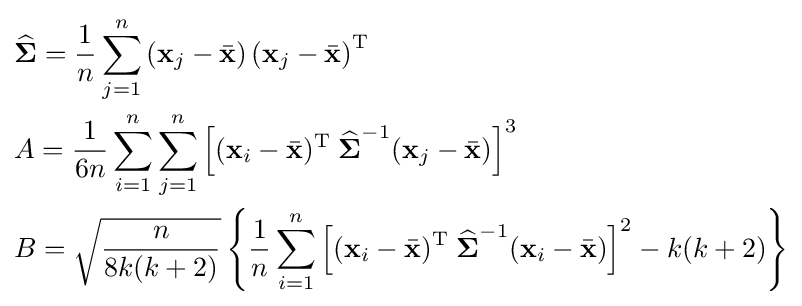
{\begin{aligned}&{\widehat {\boldsymbol {\Sigma }}}={1 \over n}\sum _{j=1}^{n}\left(\mathbf {x} _{j}-{\bar {\mathbf {x} }}\right)\left(\mathbf {x} _{j}-{\bar {\mathbf {x} }}\right)^{\mathrm {T} }\\&A={1 \over 6n}\sum _{i=1}^{n}\sum _{j=1}^{n}\left[(\mathbf {x} _{i}-{\bar {\mathbf {x} }})^{\mathrm {T} }\;{\widehat {\boldsymbol {\Sigma }}}^{-1}(\mathbf {x} _{j}-{\bar {\mathbf {x} }})\right]^{3}\\&B={\sqrt {\frac {n}{8k(k+2)}}}\left\{{1 \over n}\sum _{i=1}^{n}\left[(\mathbf {x} _{i}-{\bar {\mathbf {x} }})^{\mathrm {T} }\;{\widehat {\boldsymbol {\Sigma }}}^{-1}(\mathbf {x} _{i}-{\bar {\mathbf {x} }})\right]^{2}-k(k+2)\right\}\end{aligned}}